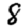
Digit: 8